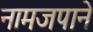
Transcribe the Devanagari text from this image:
नामजपाने